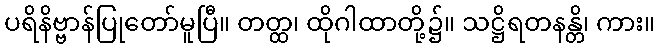
ပရိနိဗ္ဗာန်ပြုတော်မူပြီ။ တတ္ထ၊ ထိုဂါထာတို့၌။ သဋ္ဌိရတနန္တိ၊ ကား။